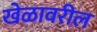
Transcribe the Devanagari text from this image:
खेळावरील